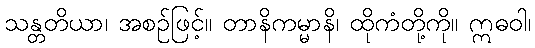
သန္တတိယာ၊ အစဉ်ဖြင့်။ တာနိကမ္မာနိ၊ ထိုကံတို့ကို။ ဣဓဝါ၊